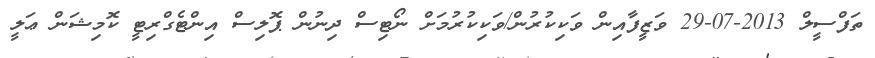
ތަފްސީލް 2013-07-29 ވަޒީފާއިން ވަކިކުރުން/ވަކިކުރުމަށް ނޯޓިސް ދިނުން ޕޮލިސް އިންޓެގްރިޓީ ކޮމިޝަން ޢަލީ